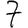
Digit: 7